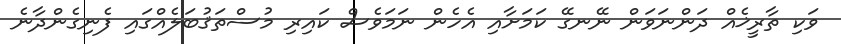
ވަކި ތާރީޚެއް ދަންނަވަން ނޭނގޭ ކަމަށާއި އެހެން ނަމަވެސް ކައިރި މުސްތަޤުބަލެއްގައި ފެނިގެންދާނެ